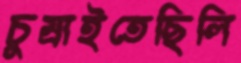
চুম্‌রাইতেছিলি